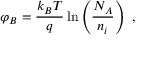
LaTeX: \varphi _ { B } = { \frac { k _ { B } T } { q } } \ln \left( { \frac { N _ { A } } { n _ { i } } } \right) \ ,